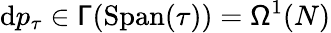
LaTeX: \mathrm{d}p_{\tau}\in\mathsf{\Gamma}(\mathrm{Span}(\tau))=\mathsf{\Omega}^{1}(N)